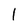
Character: l